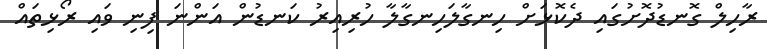
ރާހިލް ގޮނޑުދޮށުގައި ދެކޮޅަށް ހިނގާލަހިނގާލާ ހުރިއިރު ކަނޑުން އަންނަ ފިނި ވައި ރޯޅިތައް